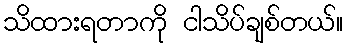
သိထားရတာကို ငါသိပ်ချစ်တယ်။